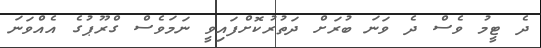
ދެ ޓީމު ވެސް ދެ ވަނަ ބުރަށް ދަތުރުކޮށްފައިވީ ނަމަވެސް ގްރޫޕުގެ އެއްވަނަ